Tezpur Lunatic Asylum reports 1895-1904 - 1895-1904
Year: 1895
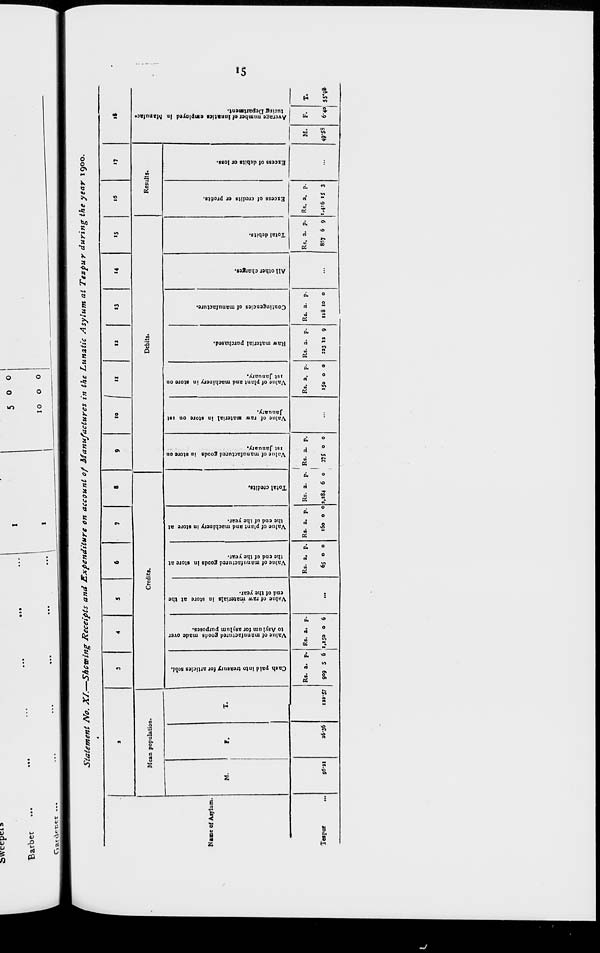
9
5
z
i H
a
! c
3
*
1
6»
s a
o
c
K
a
-
W
F
s
H
o
0
in
2?
p
7
Cash paid into treasury for articles sold.
n
8
u
o
o
•8
Value of manufactured goods made over
to Asylum for asylum purposes.
*
:
Value of raw materials in store at the
end of the year.
M
Ol
o
o
7
Value of manufactured goods in store at
the end of the year.
Ok
ir
o
o
p
Value of plant and machinery in store at
the end of the year.
v«
OS
o
u
o
o
P
7
F
7
Total credits.
CO
Value of manufactured goods in store on
ist January.
O
2!
<o
:
Value of raw material in store on tit
January,
o
8
o
o
P
7
Value of plant and machinery in store on
ist January.
u
7
Raw material purchased.
B
GO
3
o
7*
p
7
Contingencies of manufacture.
5
:
All other charges.
z
CD
10
P
7
Total debits.
in
ON
u
73
P
7
Excess of credits or profits.
50 n
o>
:
Excess ot debits or loss.
«»
*.
2
Average number of lunatics employed in
turing Department.
Manufac*
5>
o>
JJ
•»
r*
0
9
It
n
0"
a
0
n
ft
1
ft
V
it
&
is
*
ft
it
5.
4
a
8:
a
ft
K
ft
ft
*
ft
1-)
8
<3
ft
3
>t
ft-
ft
8
trq
ft"
V*
«»
a
o
o
o
tn
o
o
o
o
Si